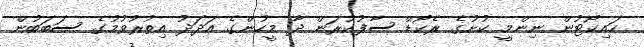
ހައިކޯޓުން ނިންމީ ކުށުގެ ރެކޯޑް ސާފުކުރަން ދާ މީހުންގެ އަދަދު އިތުރުވުމުގެ ސަބަބުން